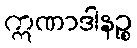
ဣဏာဒါနဉ္စ